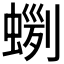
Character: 𧍼